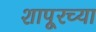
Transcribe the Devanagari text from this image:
शापूरच्या